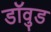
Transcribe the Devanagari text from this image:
डॉवुड